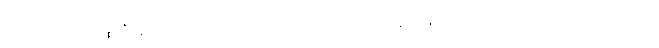
ပဌမမဂ္ဂကိစ္စနိပ္ဖတ္တိ သမဏဒုဿီလဿ ဥပနိဿယကောဋိယာ ဟတ္ထီတိ